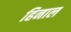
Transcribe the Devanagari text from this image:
हिनाल